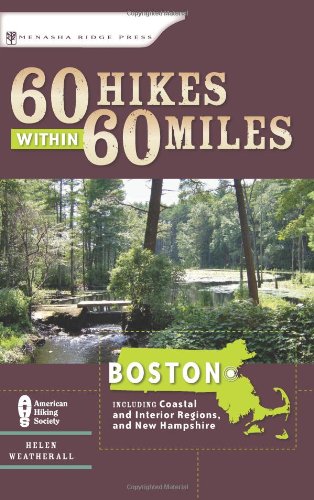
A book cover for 60 Hikes Within 60 Miles: Boston: Including Coastal and Interior Regions, New Hampshire, and Rhode Island; Helen Weatherall; Travel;